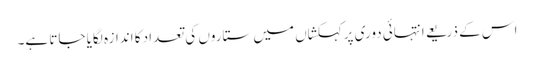
اس کے ذریعے انتہائی دوری پرکہکشاں میں ستاروں کی تعداد کا اندازہ لگایا جاتا ہے۔